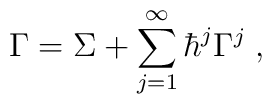
\Gamma =\Sigma +\sum_{j=1}^\infty \hbar ^j\Gamma ^j\;,